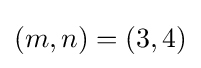
(m,n)=(3,4)